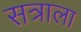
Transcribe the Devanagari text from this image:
सत्राला